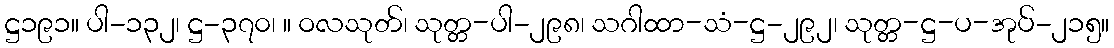
ဋ္ဌ၁၉၁။ ပါ-၁၃၂၊ ဋ္ဌ-၃၇၀၊ ။ ဝလသုတ်၊ သုတ္တ-ပါ-၂၉၈၊ သဂါထာ-သံ-ဋ္ဌ-၂၉၂၊ သုတ္တ-ဋ္ဌ-ပ-အုပ်-၂၁၅။